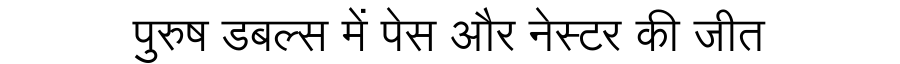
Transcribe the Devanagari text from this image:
पुरुष डबल्स में पेस और नेस्टर की जीत